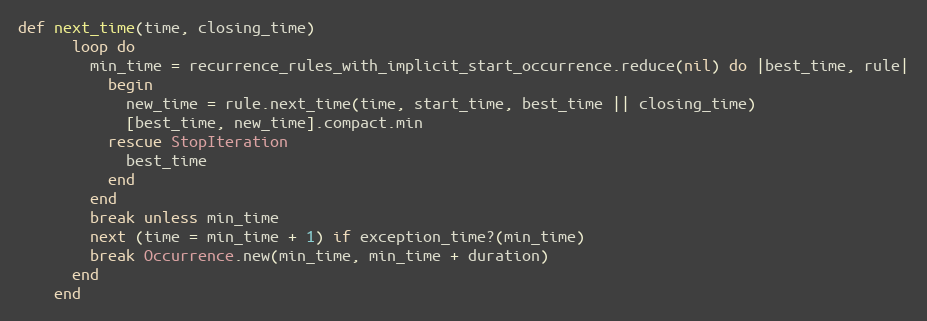
Language: Ruby
def next_time(time, closing_time)
      loop do
        min_time = recurrence_rules_with_implicit_start_occurrence.reduce(nil) do |best_time, rule|
          begin
            new_time = rule.next_time(time, start_time, best_time || closing_time)
            [best_time, new_time].compact.min
          rescue StopIteration
            best_time
          end
        end
        break unless min_time
        next (time = min_time + 1) if exception_time?(min_time)
        break Occurrence.new(min_time, min_time + duration)
      end
    end